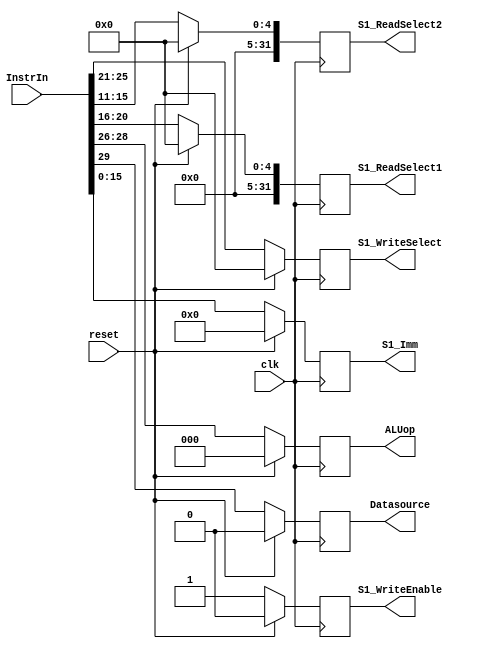
`timescale 1ns / 1ps
//////////////////////////////////////////////////////////////////////////////////
// Company: 
// Engineer: 
// 
// Design Name: 
// Module Name:    Stage1 
// Project Name: 
// Target Devices: 
// Tool versions: 
// Description: 
//
// Dependencies: 
//
// Revision: 
// Revision 0.01 - File Created
// Additional Comments: 
//
//////////////////////////////////////////////////////////////////////////////////
module Stage1(S1_ReadSelect1, S1_ReadSelect2, S1_Imm,S1_WriteSelect, ALUop, Datasource, S1_WriteEnable,InstrIn,clk,reset);

input [31:0] InstrIn;
input clk, reset;
output reg[31:0] S1_ReadSelect1, S1_ReadSelect2;
output reg [15:0] S1_Imm;
output reg[4:0] S1_WriteSelect;
output reg[2:0] ALUop;
output reg Datasource;
output reg S1_WriteEnable;

always@(posedge clk)
		begin
		if (reset) // if reset reset values to 0
			begin
			S1_ReadSelect1 <= 5'd0;
			S1_ReadSelect2 <= 5'd0;
			S1_WriteSelect <= 5'd0;
			S1_WriteEnable <= 1'b0;
			S1_Imm <= 16'b0;
			Datasource <= 1'b0;
			ALUop <= 3'b0;
			
			
			
			
			end
		else
			begin // separate values from InstrIn to appropriate variables.
			S1_ReadSelect1 <= InstrIn[20:16];// which reg
			S1_ReadSelect2 <= InstrIn[15:11];//which reg
			S1_WriteSelect <= InstrIn[25:21];
			S1_WriteEnable <= 1'b1; // always 1
			S1_Imm <= InstrIn[15:0]; //immediate
			Datasource <=InstrIn[29];// tell which type I or R
			ALUop <= InstrIn[28:26];// which operation
			
			
			
			end
		end

endmodule